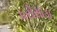
પરોસાડા